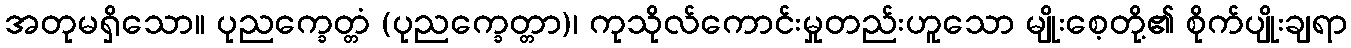
အတုမရှိသော။ ပုညက္ခေတ္တံ (ပုညက္ခေတ္တာ)၊ ကုသိုလ်ကောင်းမှုတည်းဟူသော မျိုးစေ့တို့၏ စိုက်ပျိုးချရာ